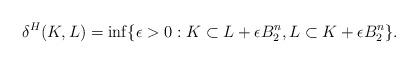
LaTeX: \begin{align*} \delta^H(K,L) = \inf\{\epsilon>0 : K\subset L+\epsilon B_2^n, L\subset K+\epsilon B_2^n\}. \end{align*}